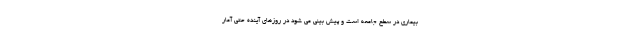
بیماری در سطح جامعه است و پیش بینی می شود در روزهای آینده حتی آمار